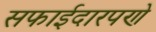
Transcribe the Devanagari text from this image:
सफाईदारपणे